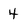
Character: 4